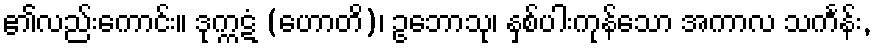
၏လည်းကောင်း။ ဒုက္ကဋံ (ဟောတိ)၊ ဥဘောသု၊ နှစ်ပါးကုန်သော အကာလ သင်္ကန်း,